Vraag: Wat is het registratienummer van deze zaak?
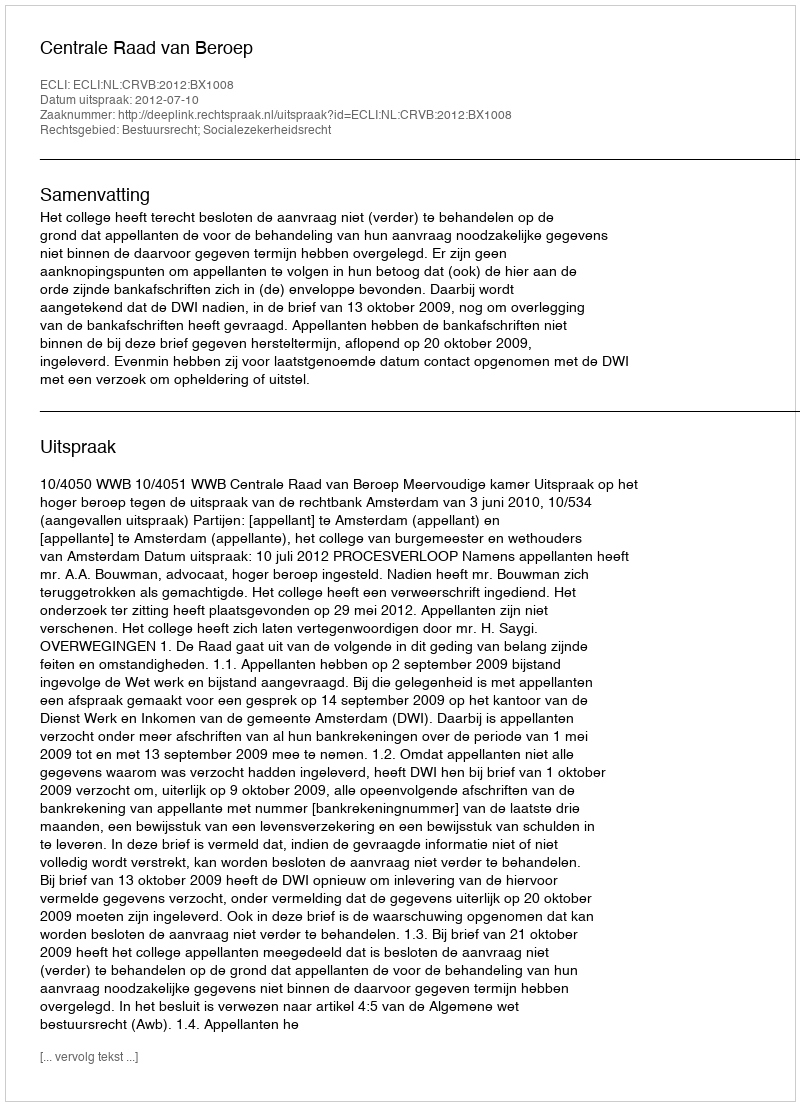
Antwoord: http://deeplink.rechtspraak.nl/uitspraak?id=ECLI:NL:CRVB:2012:BX1008